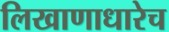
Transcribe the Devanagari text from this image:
लिखाणाधारेच